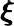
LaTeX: \pmb{\xi}